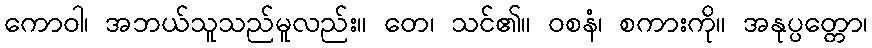
ကောဝါ၊ အဘယ်သူသည်မူလည်း။ တေ၊ သင်၏။ ဝစနံ၊ စကားကို။ အနုပ္ပတ္တော၊